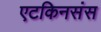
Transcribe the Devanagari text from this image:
एटकिनसंस